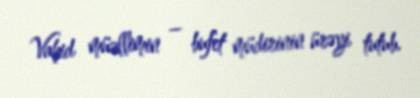
Vahid müəllimin – bufet müdirinin ürəyi tutub.